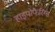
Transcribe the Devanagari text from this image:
हाइपोफैरिंग्स